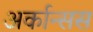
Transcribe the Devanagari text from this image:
अर्कान्सस